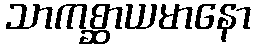
သာကစ္ဆာယမာနော